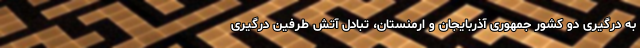
به درگیری دو کشور جمهوری آذربایجان و ارمنستان، تبادل آتش طرفین درگیری